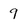
Character: 9